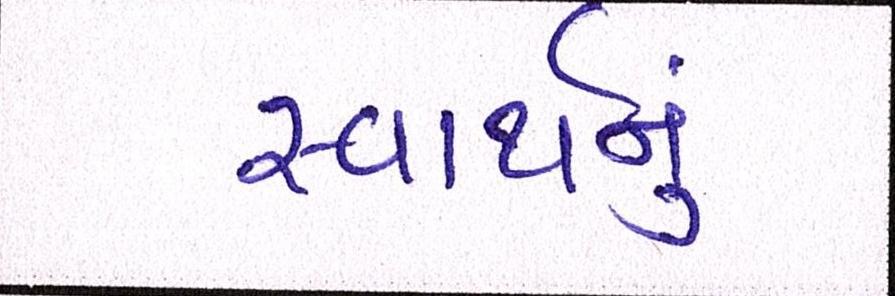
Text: સ્વાર્થનું